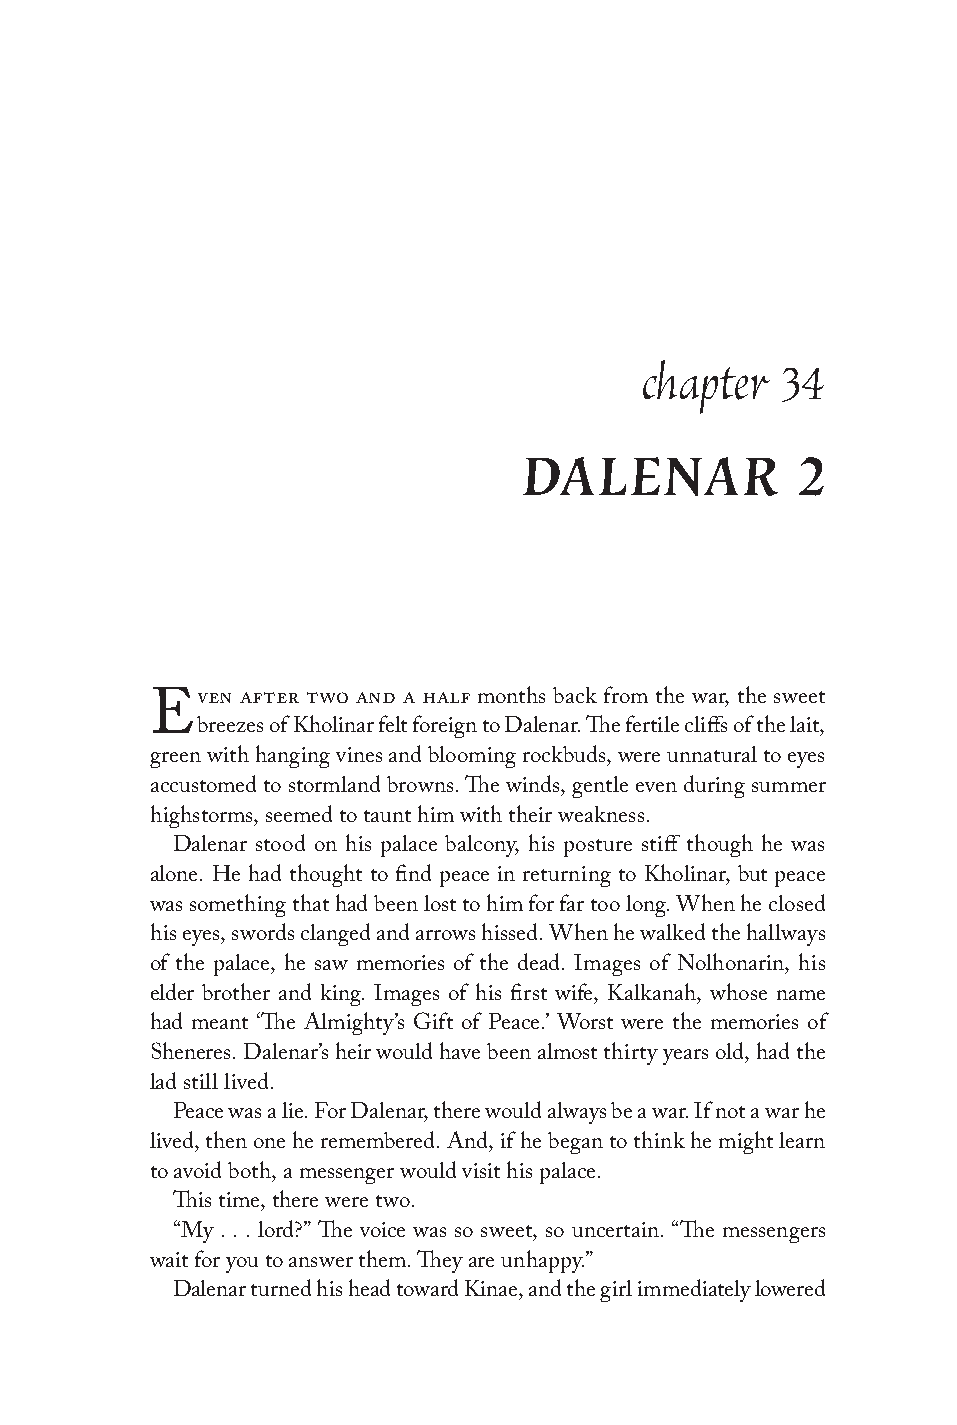
chapter   34
 DALENAR            2
 ven after two and a half months back from the war, the sweet
 E
 breezes of Kholinar felt foreign to Dalenar. The fertile cliffs of the lait,
 green with hanging vines and blooming rockbuds, were unnatural to eyes
 accustomed to stormland browns. The winds, gentle even during summer
 highstorms, seemed to taunt him with their weakness.
 Dalenar stood on his palace balcony, his posture stiff though he was
 alone. He had thought to find peace in returning to Kholinar, but peace
 was something that had been lost to him for far too long. When he closed
 his eyes, swords clanged and arrows hissed. When he walked the hallways
 of the palace, he saw memories of the dead. Images of Nolhonarin, his
 elder brother and king. Images of his first wife, Kalkanah, whose name
 had meant ‘The Almighty’s Gift of Peace.’ Worst were the memories of
 Sheneres. Dalenar’s heir would have been almost thirty years old, had the
 lad still lived.
 Peace was a lie. For Dalenar, there would always be a war. If not a war he
 lived, then one he remembered. And, if he began to think he might learn
 to avoid both, a messenger would visit his palace.
 This time, there were two.
 “My . . . lord?” The voice was so sweet, so uncertain. “The messengers
 wait for you to answer them. They are unhappy.”
 Dalenar turned his head toward Kinae, and the girl immediately lowered